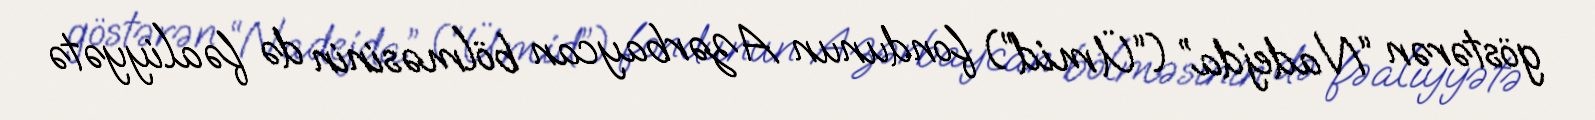
göstərən “Nadejda” (“Ümid”) fondunun Azərbaycan bölməsinin də fəaliyyətə